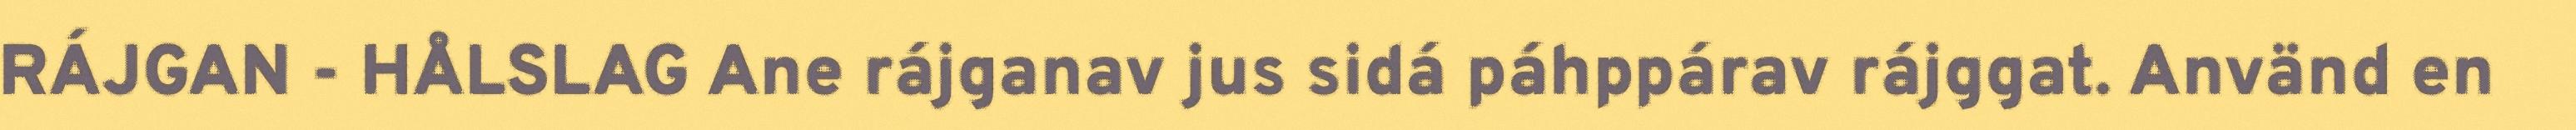
RÁJGAN - HÅLSLAG Ane rájganav jus sidá páhppárav rájggat. Använd en